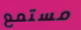
مستمع